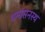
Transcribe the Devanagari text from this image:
धर्मासनस्थ